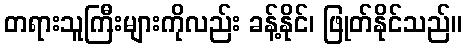
တရားသူကြီးများကိုလည်း ခန့်နိုင်၊ ဖြုတ်နိုင်သည်။